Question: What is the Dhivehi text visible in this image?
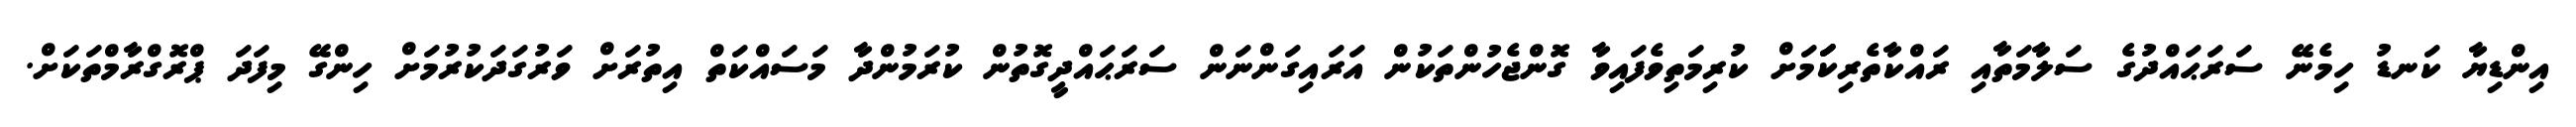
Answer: އިންޑިޔާ ކަނޑު ހިމެނޭ ސަރަޙައްދުގެ ސަލާމަތާއި ރައްކާތެރިކަަަމަށް ކުރިމަތިވެފައިވާ ގޮންޖެހުންތަކުން އަރައިގަންނަން ސަރަޙައްދީގޮތުން ކުރަމުންދާ މަސައްކަތް އިތުރަށް ވަރުގަދަކުރުމަށް ހިންގޭ މިފަދަ ޕްރޮގްރާމްތަކަށް.